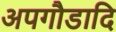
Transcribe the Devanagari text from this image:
अपगौडादि